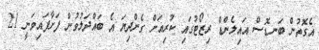
އެގޮތުން ބަނޑޮސް އައިލެންޑް ރިޒޯޓުގައި ކުރިއަށް ގެންދިޔަ އެ ބައްދަލުވުން ފަށާފައިވަނީ 21